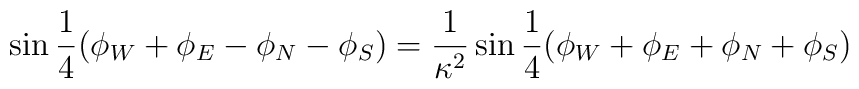
\sin{\frac{1}{4} (\phi_W + \phi_E - \phi_N - \phi_S )} = \frac{1}{\kappa^2} \sin{\frac{1}{4} (\phi_W + \phi_E + \phi_N + \phi_S )}